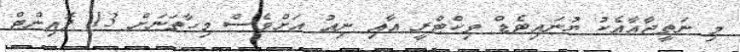
މި ނަތީޖާއާއެކު ޔުނައިޓެޑް ވިކްޓްރީ އާއި ނިއު އަށްވެސް މިހާތަނަށް 13 ޕޮއިންޓް